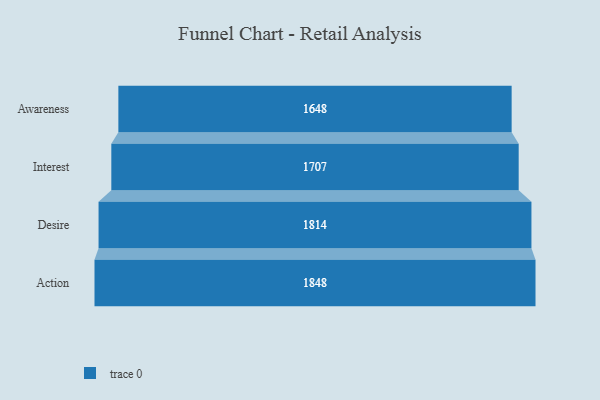
{"axis": {"x": "Stage", "y": "Value"}, "legend": [""], "data": [{"x": "Awareness", "y": 1648.0, "type": ""}, {"x": "Interest", "y": 1707.0, "type": ""}, {"x": "Desire", "y": 1814.0, "type": ""}, {"x": "Action", "y": 1848.0, "type": ""}]}